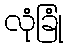
လုံခြုံ